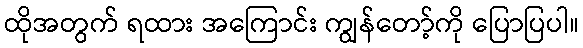
ထိုအတွက် ရထား အကြောင်း ကျွန်တော့်ကို ပြောပြပါ။